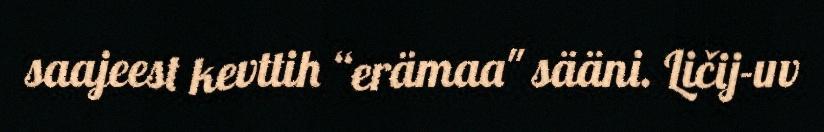
saajeest kevttih “erämaa" sääni. Ličij-uv